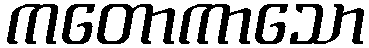
ကတောကာသော